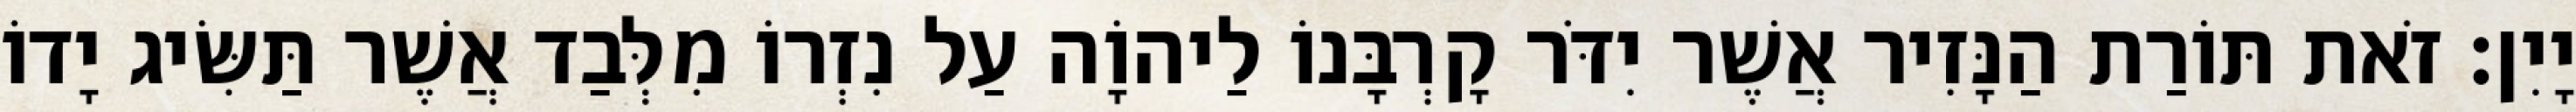
יָיִן׃ זֹאת תּוֹרַת הַנָּזִיר אֲשֶׁר יִדֹּר קָרְבָּנוֹ לַיהוָֹה עַל נִזְרוֹ מִלְּבַד אֲשֶׁר תַּשִּׂיג יָדוֹ